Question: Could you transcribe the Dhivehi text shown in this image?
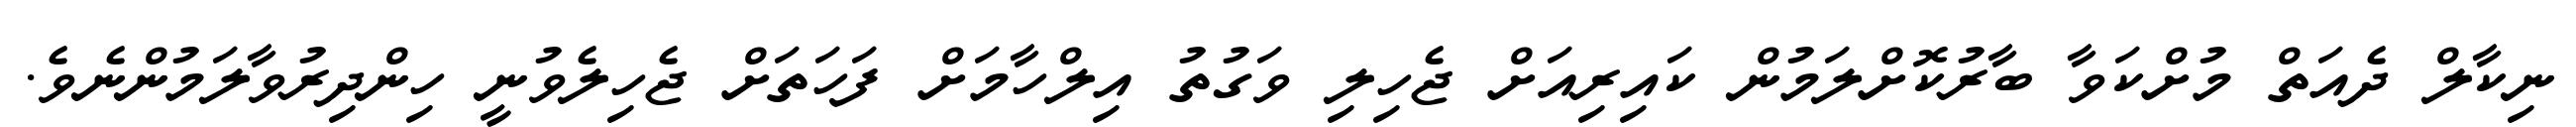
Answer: ނިކާލް ދެއަތް މުށްކަވާ ބާރުކޮށްލަމުން ކައިރިއަށް ޖެހިލި ވަގުތު އިލްހާމަށް ފަހަތަށް ޖެހިލެވުނީ ހިންދިރުވާލަމުންނެވެ.